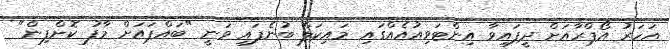
އަހަރު އޯޕްރާއަށް ދީފައިވާ އިންޓަވިއުއެއްގައި މައިކަލް ބުނެފައި ވަނީ "ބައްޕައަށް މާފު ކޮށްފިން"